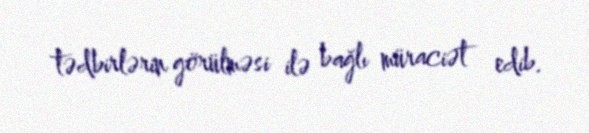
tədbirlərin görülməsi ilə bağlı müraciət edib.